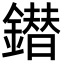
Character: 鐟